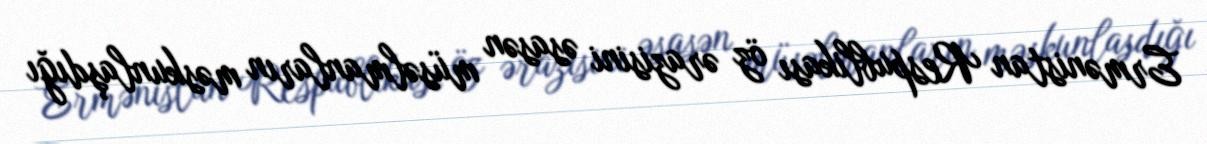
Ermənistan Respublikası öz ərazisini əsasən müsəlmanların məskunlaşdığı